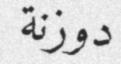
دوزنة